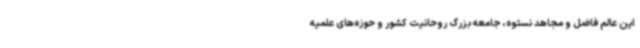
این عالم فاضل و مجاهد نستوه، جامعه بزرگ روحانیت کشور و حوزه‌های علمیه